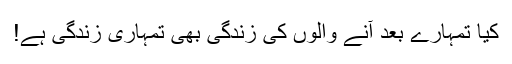
کیا تمہارے بعد آنے والوں کی زندگی بھی تمہاری زندگی ہے!